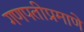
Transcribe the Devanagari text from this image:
गणपतीप्रमाणे